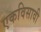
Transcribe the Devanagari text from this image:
एकविसावी